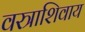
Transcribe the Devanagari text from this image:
वस्त्राशिवाय